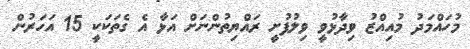
މުހައްމަދު މުއިއްޒު ވިދާޅުވީ ވިލުފުށީ ރައްޔިތުންނަށް އަޅާ އެ ގެތަކަކީ 15 އަހަރުން